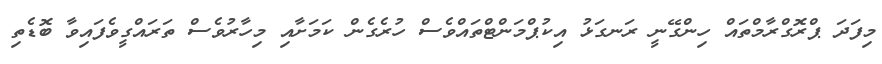
މިފަދަ ޕްރޮގްރާމްތައް ހިންގޭނީ ރަނގަޅު އިކުޕްމަންޓްތައްވެސް ހުރެގެން ކަމަށާއި މިހާރުވެސް ތަރައްގީވެފައިވާ ބޮޑެތި